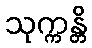
သုက္ကန္တိ